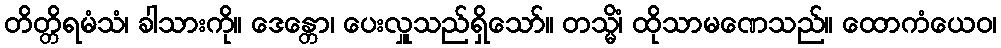
တိတ္တိရမံသံ၊ ခါသားကို။ ဒေန္တော၊ ပေးလှူသည်ရှိသော်။ တသ္မိံ၊ ထိုသာမဏေသည်။ ထောကံယေဝ၊